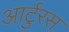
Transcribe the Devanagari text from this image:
आर्टुरस